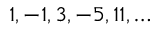
1 , - 1 , 3 , - 5 , 1 1 , \ldots